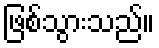
ဖြစ်သွားသည်။